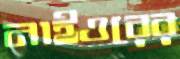
নাইওরের